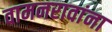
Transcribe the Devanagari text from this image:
वामनरावांना